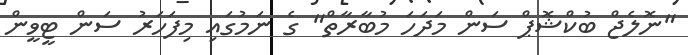
"ނޮލެޖް ބުކްޝޮޕް ސަން މަދަހަ މުބާރާތް" ގެ ނަމުގައި މިފަހަރު ސަން ޓީވީން